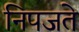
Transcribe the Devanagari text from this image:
निपजते